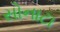
સોનાટા